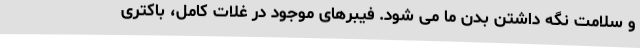
و سلامت نگه داشتن بدن ما می شود. فیبرهای موجود در غلات کامل، باکتری